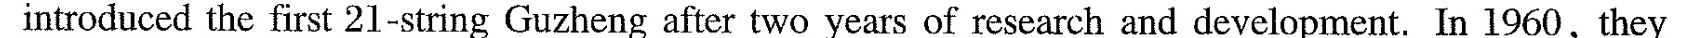
introduced the first 21-string Guzheng after two years of research and development. In 1960, they